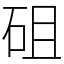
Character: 砠